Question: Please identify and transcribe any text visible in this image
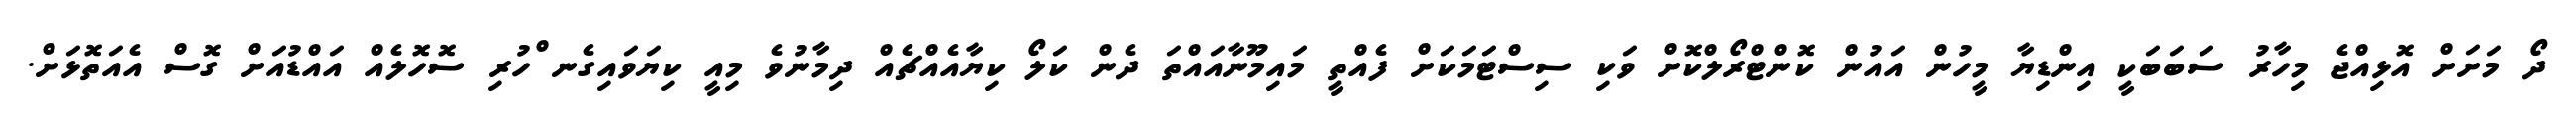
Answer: ދޯ މަށަށް އޮޅިއްޖެ މިހާރު ސަބަބަކީ އިންޑިޔާ މީހުން އައުން ކޮންޓްރޯލްކޮށް ވަކި ސިސްޓަމަކަށް ފެއްތީ މައިމޫނާއައްތަ ދެން ކަލޯ ކިޔާއެއްޗެއް ދިމާނުވެ މިއީ ކިޔަވައިގެނ ްހުރި ސޮހޮލެއް އައްޑުއަށް ގޮސް އެއަތޮޅަށް.